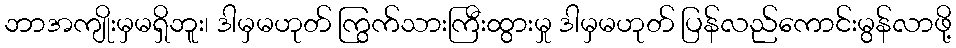
ဘာအကျိုးမှမရှိဘူး၊ ဒါမှမဟုတ် ကြွက်သားကြီးထွားမှု ဒါမှမဟုတ် ပြန်လည်ကောင်းမွန်လာဖို့